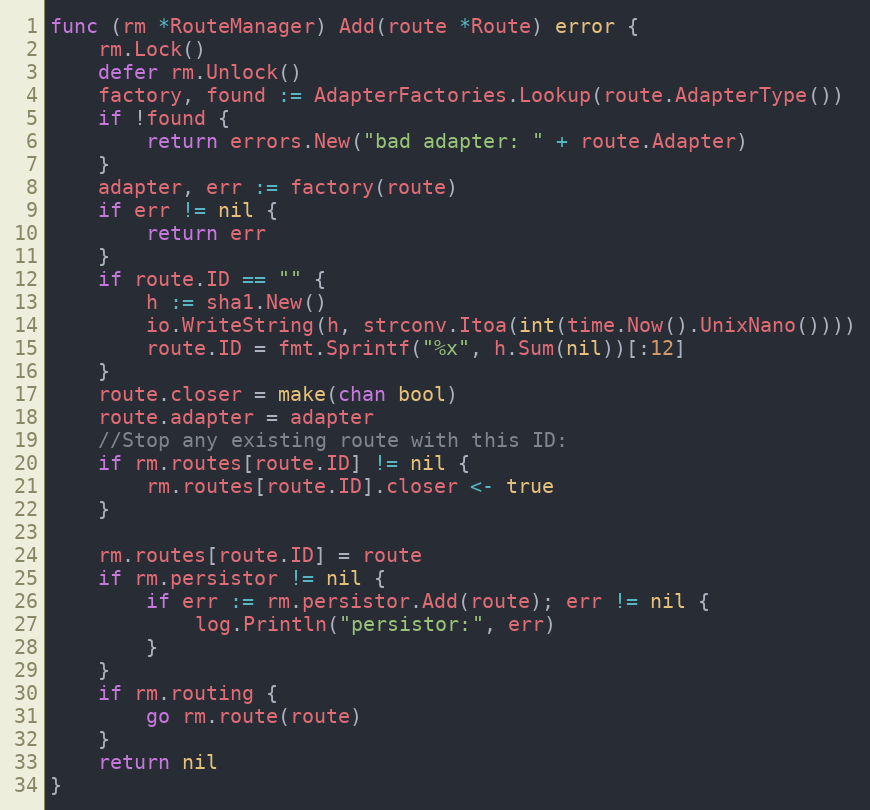
Language: Go
func (rm *RouteManager) Add(route *Route) error {
	rm.Lock()
	defer rm.Unlock()
	factory, found := AdapterFactories.Lookup(route.AdapterType())
	if !found {
		return errors.New("bad adapter: " + route.Adapter)
	}
	adapter, err := factory(route)
	if err != nil {
		return err
	}
	if route.ID == "" {
		h := sha1.New()
		io.WriteString(h, strconv.Itoa(int(time.Now().UnixNano())))
		route.ID = fmt.Sprintf("%x", h.Sum(nil))[:12]
	}
	route.closer = make(chan bool)
	route.adapter = adapter
	//Stop any existing route with this ID:
	if rm.routes[route.ID] != nil {
		rm.routes[route.ID].closer <- true
	}

	rm.routes[route.ID] = route
	if rm.persistor != nil {
		if err := rm.persistor.Add(route); err != nil {
			log.Println("persistor:", err)
		}
	}
	if rm.routing {
		go rm.route(route)
	}
	return nil
}